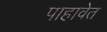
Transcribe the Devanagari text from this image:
पाहावेत